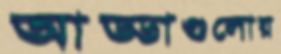
আড্ডাগুলোয়